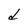
Character: d